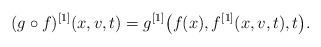
\begin{align*} (g \circ f)^{[1]} (x,v,t) = g^{[1]} \bigl( f(x), f^{[1]}(x,v,t) , t \bigr) .\end{align*}